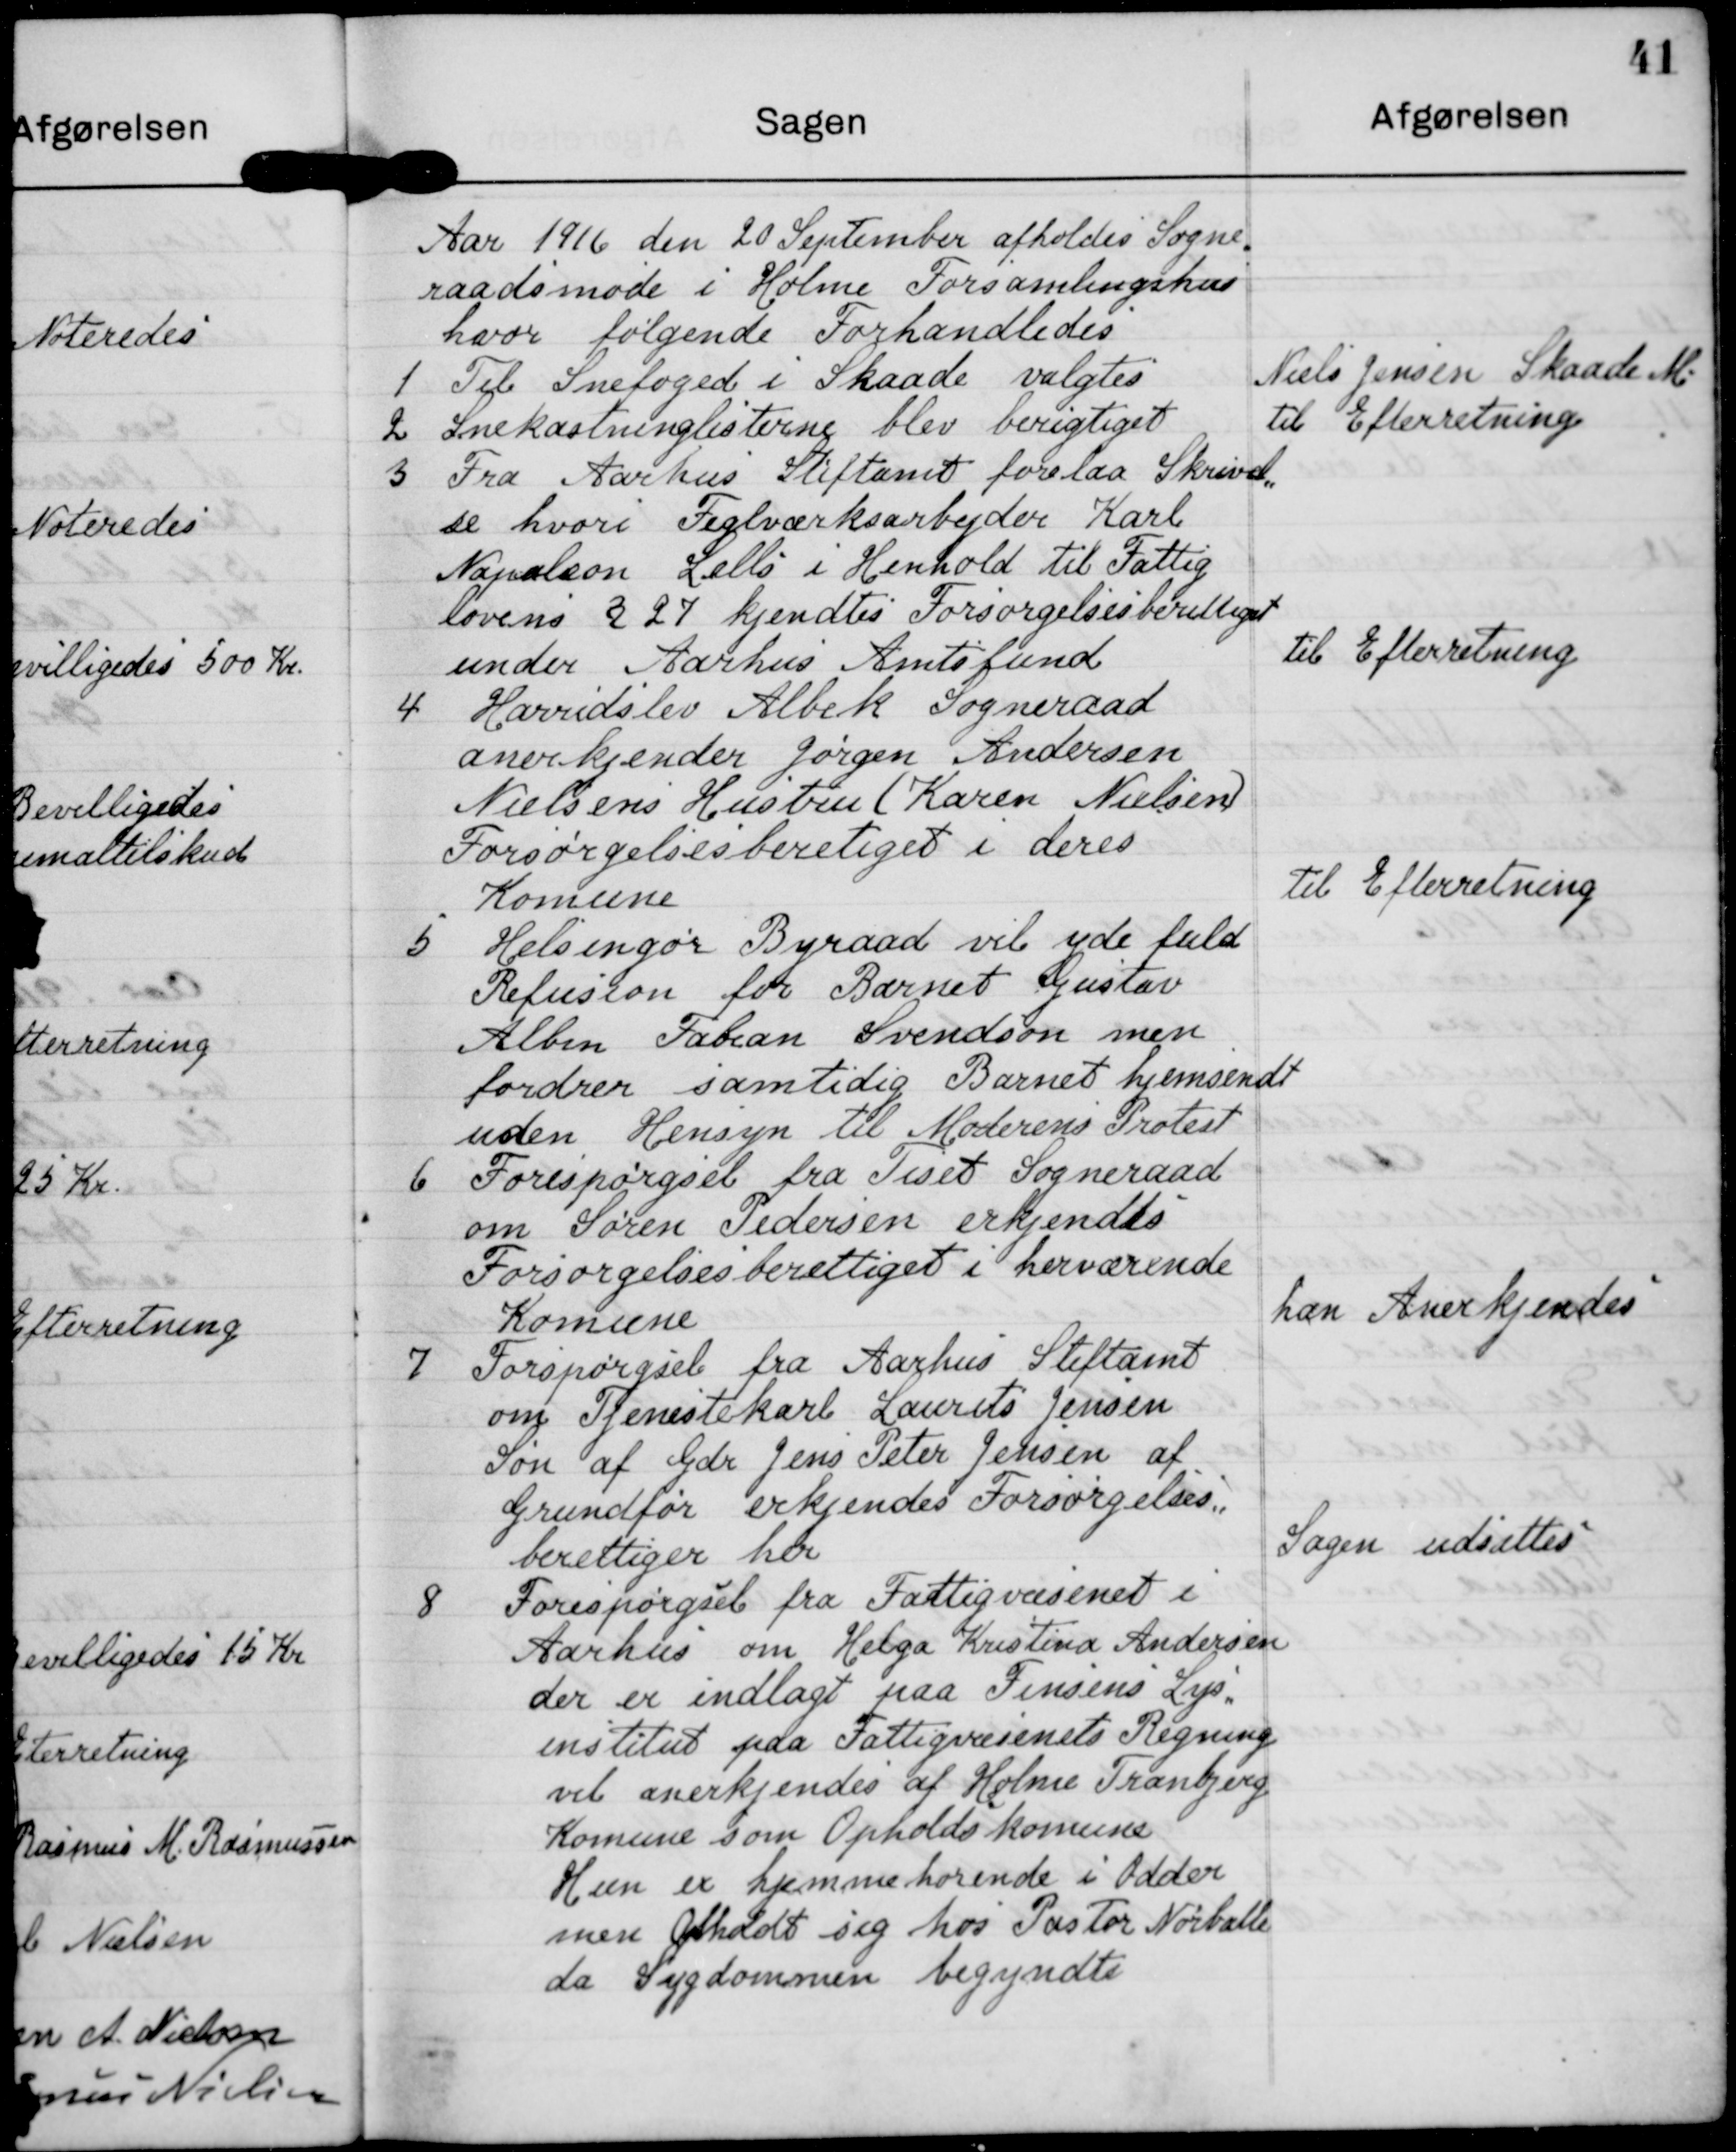
Transskription:
Aar 1916 den 20 September afholdes Sogne-
raadsmøde i Holme Forsamlingshus
hvor følgende Forhandledes

Niels Jensen Skaade M.

nefoged i Skaade valgtes

2 Snekastninglisternng blev berigtiget

til Efterretning

3 Fra Aarhus Stiftamt forelaa Skrivel
se hvori Teglværksarbejderr Karl
Nopialion gellø i Henhold til Fattig
lovens § 24 kjendtes Forsørgelsesberettiget
under Aarhus Amtsfund

Til Efterretning

4 Hovndslev Albek Sogneraad
anoekjender Jørgen Andersen
Nielsens Hustu Karen Nielsen
Forsørgelsesberetiget i deres
Komune

Til Efterretning

6 Helsengør Byraad vil yde fuld
Refusion for Barnet Gustav
Alber Fabron Svendsøn men
fordren samtidig Barnet hjemsendt
uden Hensyn tul Moderens Protest

6 Forespørgsel fra Tiset Sogneraad
om Søren Pedersen erkjendts
Forsørgelsesberettiget i herværende
Komune

han Anerkjendes

7 Forspørgsel fra Aarhus Stiftamt
om Tenestekarl Laurits Jensen
Søn af Gdr Jens Peter Jensen af
Grundfør erkjendes Forsørgelses-
berettiger har

Sagen udsættes

8 Forespørgsel fra Fattigvæsenet i
Aarhus om Helga Kristind Andersen
der er indlagt paa Jensens Lys.
instilet paa Fattigvæsenets Regning
vil anerkjendes af Holme Tranbjerg
Komune som Opholdskomune
Hen er hjammehørende i Odder
men afholdt sig hos Postor Norballe
da Sygdommen begyndte